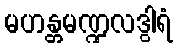
မဟန္တမဏ္ဍလဒွါရံ